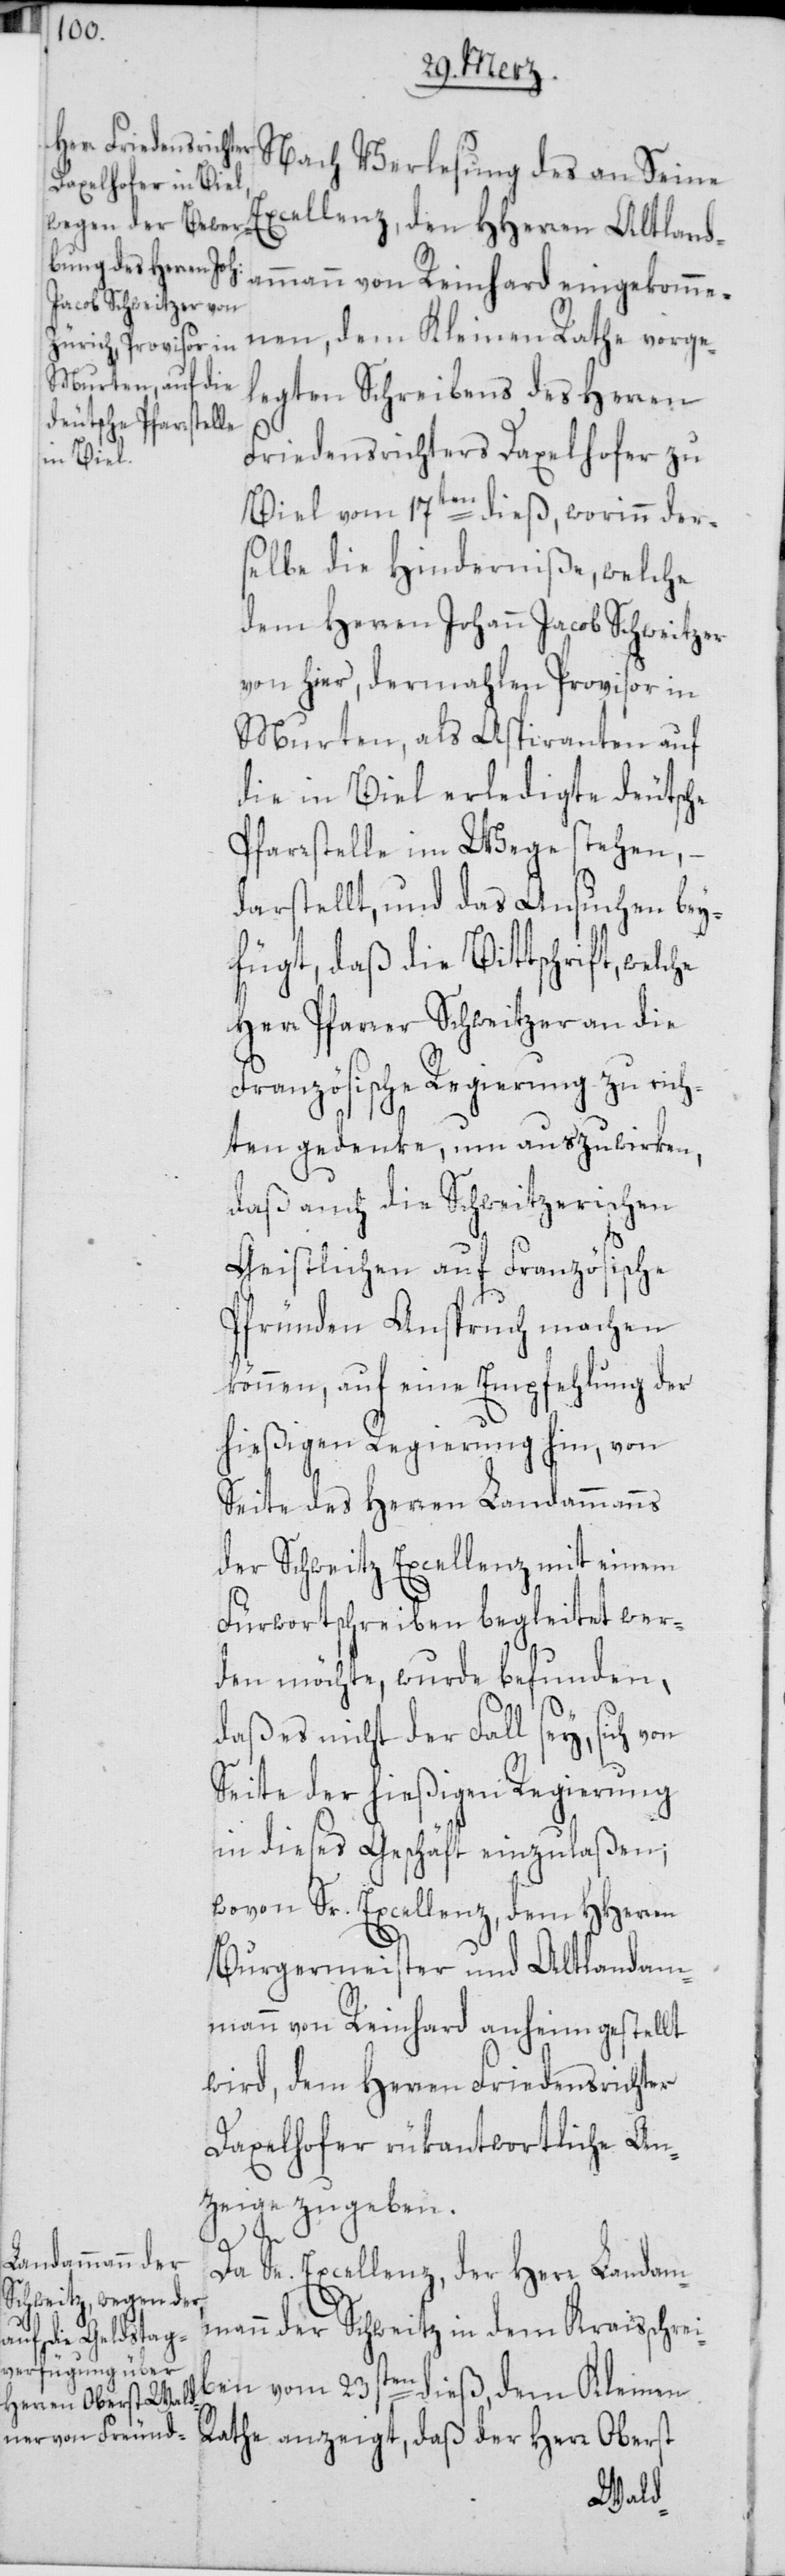
Nach Verlesung des an Seine
Excellenz, den HHerren Altlanda¬
nen, dem Kleinen Rathe vorge¬
legten Schreibens des Herren
Friedensrichters Daxelhofer zu
Biel vom 17ten dieß, worinn der¬
selbe die Hinderniße, welche
dem Herren Johann Jacob Schweitzer
von hier, dermahlen Provisor in
Murten, als Aspiranten auf
die in Biel erledigte deutsche
Pfarrstelle im Wege stehen, –
darstellt, und das Ansuchen bey¬
fügt, daß die Bittschrift, welche
Herr Pfarrer Schweitzer an die
Französische Regierung zu rich¬
ten gedenke, um auszuwirken,
daß auch die Schweitzerischen
Geistlichen auf Französische
Pfründen Anspruch machen
können, auf eine Empfehlung der
hießigen Regierung hin, von
Seite des Herren Landammanns
der Schweitz Excellenz mit einem
Fürwortschreiben begleitet wer¬
den möchte, wurde befunden,
daß es nicht der Fall sey, sich von
Seite der hießigen Regierung
in dieses Geschäft einzulaßen;
wovon Sr. Excellenz dem HHerren
Burgermeister und Altlandam¬
mann von Reinhard anheim gestellt
wird, dem Herren Friedensrichter
Daxelhofer rükantwortliche An¬
zeige zu geben.
Da Se. Excellenz, der Herr Landam¬
mann der Schweitz in dem Kraisschre¬
iben vom 23sten dieß, dem Kleinen
Rathe anzeigt, daß der Herr Oberst